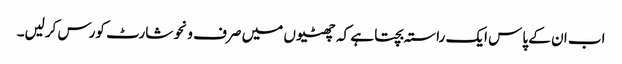
اب ان کے پاس ایک راستہ بچتا ہے کہ چھٹیوں میں صرف ونحو شارٹ کورس کرلیں۔